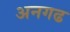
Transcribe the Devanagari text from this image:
अनगढ